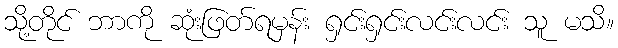
သို့တိုင် ဘာကို ဆုံးဖြတ်ရမှန်း ရှင်းရှင်းလင်းလင်း သူ မသိ။